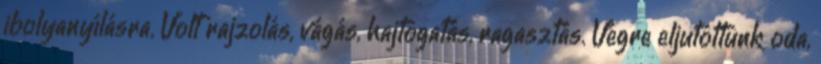
ibolyanyílásra. Volt rajzolás, vágás, hajtogatás, ragasztás. Végre eljutottunk oda,